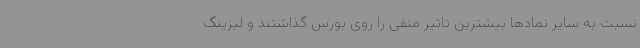
نسبت به سایر نمادها بیشترین تاثیر منفی را روی بورس گذاشتند و لیزینگ